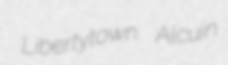
Libertytown Alcuin